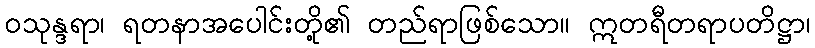
ဝသုန္ဒရာ၊ ရတနာအပေါင်းတို့၏ တည်ရာဖြစ်သော။ ဣတရီတရာပတိဋ္ဌာ၊